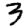
Digit: 3